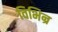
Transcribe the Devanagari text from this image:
विभिन्र